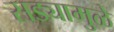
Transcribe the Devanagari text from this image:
सड्यामुळे